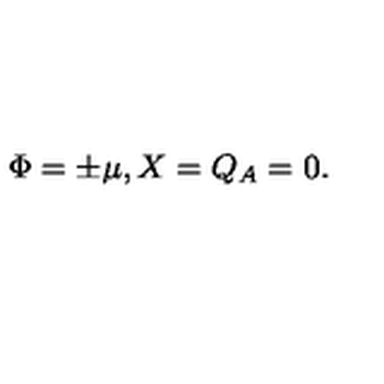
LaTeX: \Phi = \pm \mu , X = Q _ { A } = 0 .